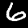
Label: 6